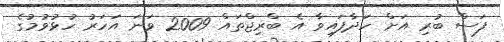
ފަސް ބުރި އަށް ހަދާފައިވާ އެ ބްރިޖްތައް 2009 ވަނަ އަހަރު ހުޅުވުމުގެ